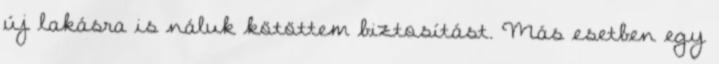
új lakásra is náluk kötöttem biztosítást. Más esetben egy